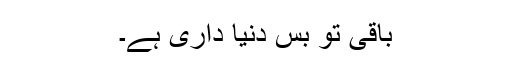
باقی تو بس دنیا داری ہے۔